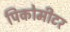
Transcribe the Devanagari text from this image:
पिकोमीटर